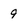
Character: 9